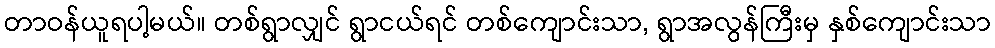
တာဝန်ယူရပါ့မယ်။ တစ်ရွာလျှင် ရွာငယ်ရင် တစ်ကျောင်းသာ, ရွာအလွန်ကြီးမှ နှစ်ကျောင်းသာ